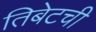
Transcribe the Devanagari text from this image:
तिबेटची